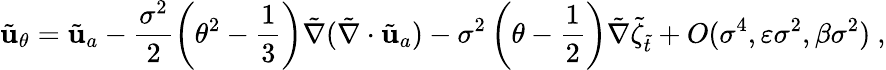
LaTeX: \tilde{\mathbf{u}}_{\theta}=\tilde{\mathbf{u}}_{a}-\frac{\sigma^{2}}{2}\left(\theta^{2}-\frac{1}{3}\right)\tilde{\nabla}(\tilde{\nabla}\cdot\tilde{\mathbf{u}}_{a})-\sigma^{2}\left(\theta-\frac{1}{2}\right)\tilde{\nabla}\tilde{\zeta}_{\tilde{t}}+O(\sigma^{4},\varepsilon\sigma^{2},\beta\sigma^{2})\ ,